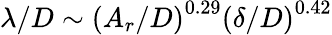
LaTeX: \lambda/D\sim\left(A_{r}/D\right)^{0.29}\left(\delta/D\right)^{0.42}